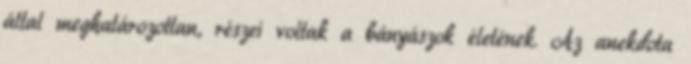
által meghatározottan, részei voltak a bányászok életének. Az anekdota